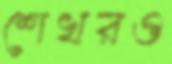
শেখরও